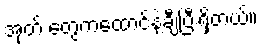
အုတ် တွေကထောင်နဲ့ချီပြီးရှိတယ်။